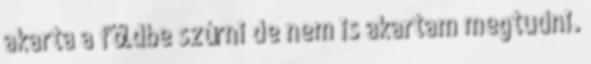
akarta a földbe szúrni de nem is akartam megtudni.